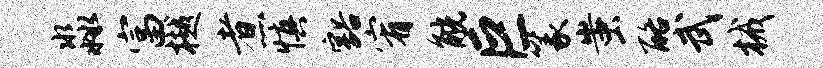
淼富樾煮慎豁宥觥巨篆蚩酪武械